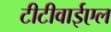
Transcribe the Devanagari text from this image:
टीटीवाईएल